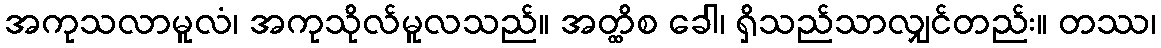
အကုသလာမူလံ၊ အကုသိုလ်မူလသည်။ အတ္ထိစ ခေါ၊ ရှိသည်သာလျှင်တည်း။ တဿ၊